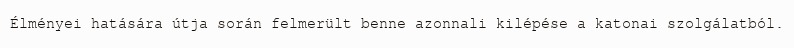
Élményei hatására útja során felmerült benne azonnali kilépése a katonai szolgálatból.